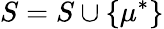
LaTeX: S=S\cup\{ \mu^{*}\}